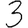
Digit: 3